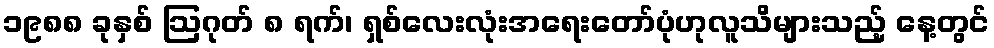
၁၉၈၈ ခုနှစ် ဩဂုတ် ၈ ရက်၊ ရှစ်လေးလုံးအရေးတော်ပုံဟုလူသိများသည့် နေ့တွင်